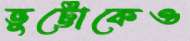
ভুট্টোকেও